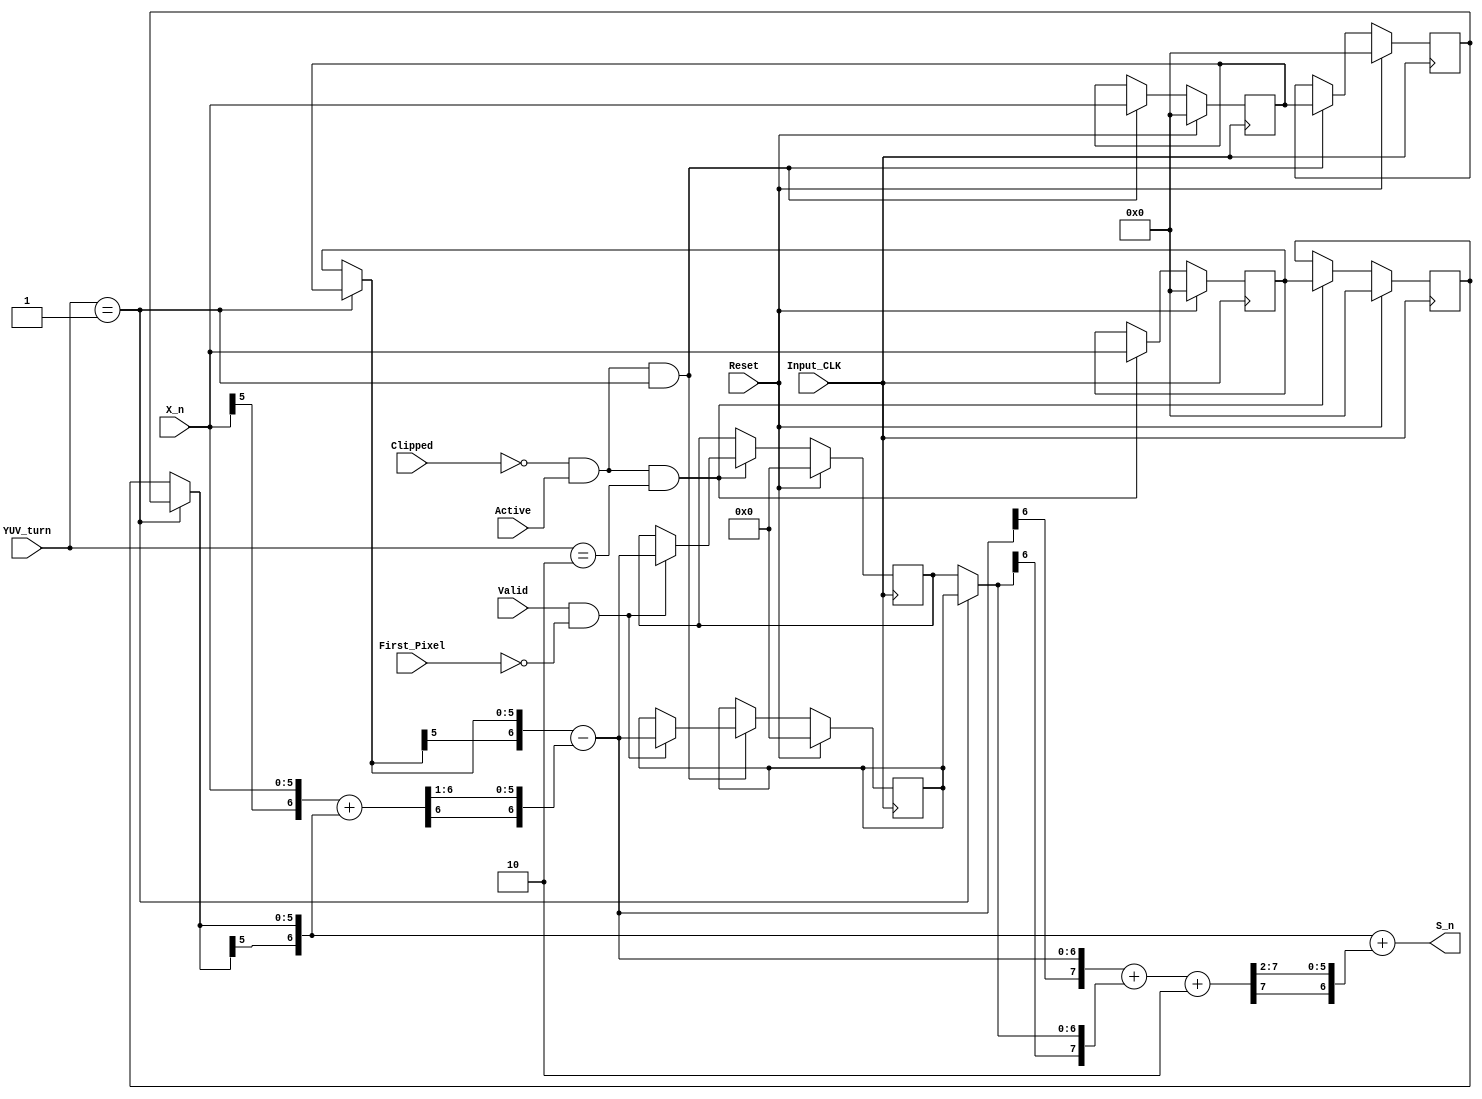
`timescale 1ns / 1ps

module DWT(Input_CLK,Reset,Clipped,First_Pixel,Active,Valid,YUV_turn,X_n,S_n);
// synopsys template
parameter SIZE=6;

input wire Input_CLK,Reset,Clipped,Active,Valid,First_Pixel;
input wire [1:0] YUV_turn;
input wire [SIZE-1:0] X_n;
output wire [SIZE:0] S_n;

wire [SIZE:0] D_n;
reg [SIZE-1:0] U_X_n_1,U_X_n_2,V_X_n_1,V_X_n_2;
reg [SIZE:0] U_D_n_1,V_D_n_1;
wire [SIZE-1:0] X_n_1,X_n_2;
wire [SIZE:0] D_n_1;

wire temp=~Clipped & Active;

assign X_n_1=(YUV_turn==2'b01)?U_X_n_1:V_X_n_1;
assign X_n_2=(YUV_turn==2'b01)?U_X_n_2:V_X_n_2;
assign D_n_1=(YUV_turn==2'b01)?U_D_n_1:V_D_n_1;

always @(posedge Input_CLK)
begin
    if(Reset)
    begin
        U_X_n_1<=0;
        U_X_n_2<=0;
        U_D_n_1<=0;
        V_X_n_1<=0;
        V_X_n_2<=0;
        V_D_n_1<=0;
    end
    else
    begin
        if(temp & YUV_turn==2'b01)
        begin
            U_X_n_2<=U_X_n_1;
            U_X_n_1<=X_n;
            if(Valid & ~First_Pixel)
            begin
                U_D_n_1<=D_n;
            end
        end
        if(temp & YUV_turn==2'b10)
        begin
            V_X_n_2<=V_X_n_1;
            V_X_n_1<=X_n;
            if(Valid & ~First_Pixel)
            begin
                V_D_n_1<=D_n;
            end
        end
    end
end

wire [SIZE:0] D_temp;
wire [SIZE-1:0] D_temp_2;
wire [SIZE+1:0] S_temp;
wire [SIZE-1:0] S_temp_4;

assign D_temp={X_n[SIZE-1],X_n}+{X_n_2[SIZE-1],X_n_2};
assign D_temp_2=D_temp[SIZE:1];
assign D_n={X_n_1[SIZE-1],X_n_1}-{D_temp_2[SIZE-1],D_temp_2};
assign S_temp={D_n[SIZE],D_n}+{D_n_1[SIZE],D_n_1}+2'b10;
assign S_temp_4=S_temp[SIZE+1:2];
assign S_n={X_n_2[SIZE-1],X_n_2}+{S_temp_4[SIZE-1],S_temp_4};

endmodule